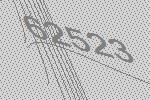
62523